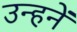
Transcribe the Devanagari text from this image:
उन्हनें